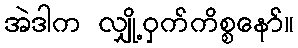
အဲဒါက လျှို့ဝှက်ကိစ္စနော်။